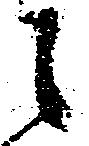
之